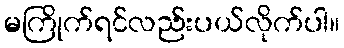
မကြိုက်ရင်လည်းပယ်လိုက်ပါ။